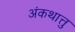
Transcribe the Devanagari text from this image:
अंकथात्तु